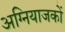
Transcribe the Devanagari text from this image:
अग्नियाजकों